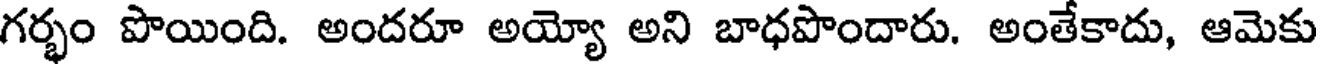
గర్భం పొయింది. అందరూ అయ్యో అని బాధపొందారు. అంతేకాదు, ఆమెకు